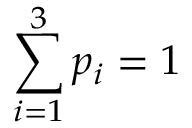
\sum _ { i = 1 } ^ { 3 } p _ { i } = 1